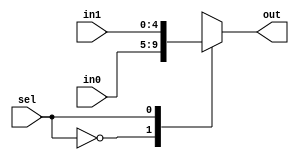
module mux5_2to1(out, in0, in1, sel);
	output reg  [4:0] out;
	input [4:0] in0;
	input [4:0] in1;
	input sel;

  	always @(sel)
    begin
		case (sel)
			1'b0: out = in0;
			1'b1: out = in1;
		endcase
    end
endmodule